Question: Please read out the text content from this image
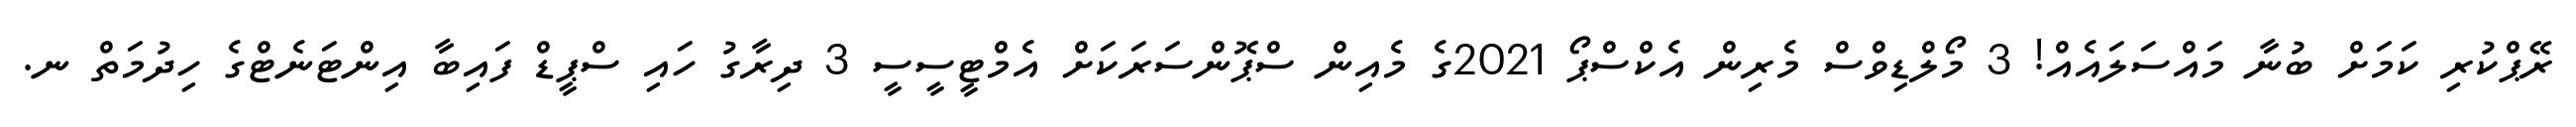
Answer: ރޭޕްކުރި ކަމަށް ބުނާ މައްސަލައެއް! 3 މޯލްޑިވްސް މެރިން އެކްސްޕޯ 2021ގެ މެއިން ސްޕޮންސަރަކަށް އެމްޓީސީސީ 3 ދިރާގު ހައި ސްޕީޑް ފައިބާ އިންޓަނެޓްގެ ހިދުމަތް ނ.